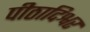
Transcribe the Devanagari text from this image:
पीठादिश्वर